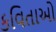
કવિતાઓ